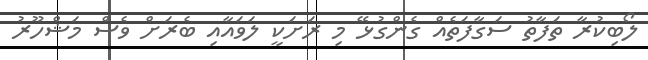
ލޯބިކުރާ ތަފާތު ސަގާފަތެއް ގެންގުޅޭ މި ރަށަކީ ލަވައާއި ބެރަށް ވެސް މަޝްހޫރު